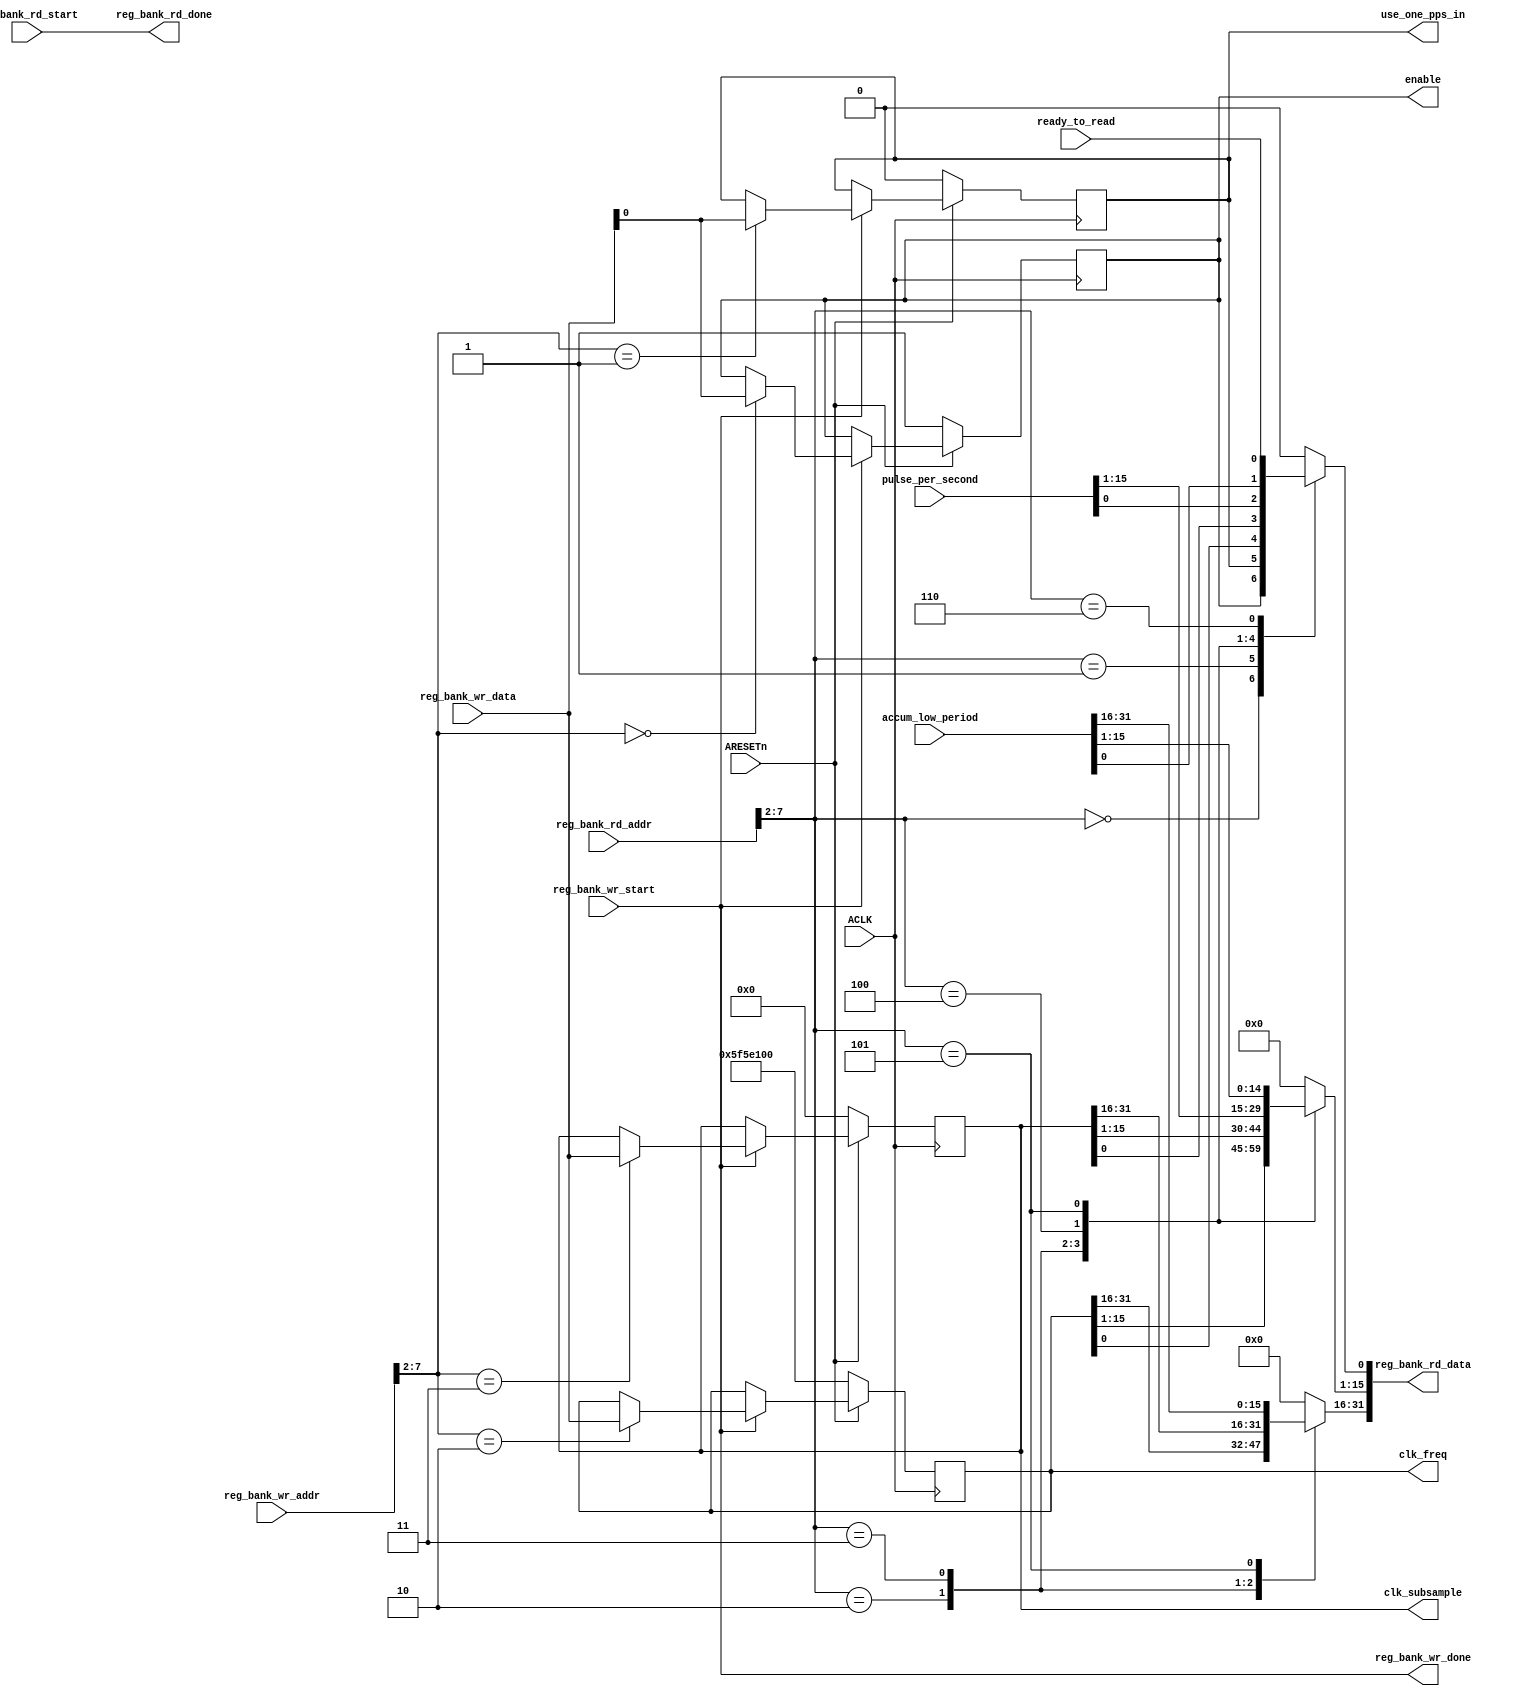


//////////////////////////////////////////////////////////////////////////////////
// Company: 
// Engineer: 
// 
// Design Name: 
// Module Name: pm0
// Project Name: 
// Target Devices: 
// Tool Versions: 
// Description: 
// 
// Dependencies: 
// 
// Revision:
// Additional Comments:
// 
//////////////////////////////////////////////////////////////////////////////////
`timescale 1ns / 1ps

module pc_ctrl_pm0 #(
  parameter DATA_W_IN_BYTES           = 4,
  parameter ADDR_W_IN_BITS            = 32,
  parameter DCADDR_LOW_BIT_W          = 8
) (

  input  wire [31:0]      accum_low_period,
  input  wire [15:0]      pulse_per_second,
  input  wire             ready_to_read   ,

  output reg  [31:0]      clk_freq         = 32'd100000000,
  output reg  [31:0]      clk_subsample    = 32'd0,
  output reg              enable           = 1'd1,
  output reg              use_one_pps_in   = 1'd0,

  input  wire                                       reg_bank_rd_start, // read start strobe
  output wire                                       reg_bank_rd_done,  // read done  strobe
  input  wire [DCADDR_LOW_BIT_W - 1:0]              reg_bank_rd_addr,  // read address bus
  output reg  [(DATA_W_IN_BYTES*8) - 1:0]           reg_bank_rd_data=0,// read data bus

  input  wire                                       reg_bank_wr_start, // write start strobe
  output wire                                       reg_bank_wr_done,  // write done  strobe
  input  wire [DCADDR_LOW_BIT_W - 1:0]              reg_bank_wr_addr,  // write address bus
  input  wire [(DATA_W_IN_BYTES*8) - 1:0]           reg_bank_wr_data,  // write data bus

  input  wire                                       ACLK             , // Clock source 
  input  wire                                       ARESETn            // Reset source

);

//------------------------------------------------------------------------------
// Declare registers
//------------------------------------------------------------------------------

//------------------------------------------------------------------------------
// In the basic bank these are completed straight away. Recall ....XX_start is
// a registered signal.
//------------------------------------------------------------------------------
assign reg_bank_wr_done = reg_bank_wr_start;
assign reg_bank_rd_done = reg_bank_rd_start;

//------------------------------------------------------------------------------
// Write logic
//------------------------------------------------------------------------------
always @(posedge ACLK) begin
   if(!ARESETn) begin
      clk_freq         <= 32'd100000000;
      clk_subsample    <= 32'd0;
      enable           <= 1'd1;
      use_one_pps_in   <= 1'd0;
   end else begin
      if(reg_bank_wr_start) begin
         case (reg_bank_wr_addr[DCADDR_LOW_BIT_W-1:2])
         0 : begin
             enable           <= reg_bank_wr_data[0:0];
         end
         1 : begin
             use_one_pps_in   <= reg_bank_wr_data[0:0];
         end
         2 : begin
             clk_freq         <= reg_bank_wr_data[31:0];
         end
         3 : begin
             clk_subsample    <= reg_bank_wr_data[31:0];
         end
         endcase
      end
   end
end

//------------------------------------------------------------------------------
// READ logic
//------------------------------------------------------------------------------
always @(*) begin
    // Zero the complete bus. We will set specific bits in the case
    reg_bank_rd_data = 'd0;
    case (reg_bank_rd_addr[DCADDR_LOW_BIT_W-1:2])
    0 : begin
         reg_bank_rd_data[0:0]    = enable;
    end
    1 : begin
         reg_bank_rd_data[0:0]    = use_one_pps_in;
    end
    2 : begin
         reg_bank_rd_data[31:0]   = clk_freq;
    end
    3 : begin
         reg_bank_rd_data[31:0]   = clk_subsample;
    end
    4 : begin
         reg_bank_rd_data[15:0]   = pulse_per_second;
    end
    5 : begin
         reg_bank_rd_data[31:0]   = accum_low_period;
    end
    6 : begin
         reg_bank_rd_data[0:0]    = ready_to_read;
    end
    endcase
end

endmodule